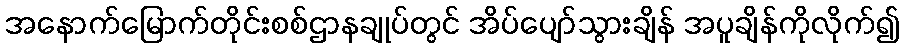
အနောက်မြောက်တိုင်းစစ်ဌာနချုပ်တွင် အိပ်ပျော်သွားချိန် အပူချိန်ကိုလိုက်၍